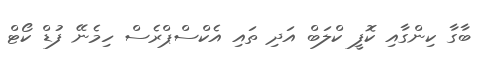
ބާގާ ކިންގާއި ކޮފީ ކްލަބް އަދި ތައި އެކްސްޕްރެސް ހިމެނޭ ފުޑް ކޯޓް